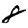
Digit: 8